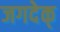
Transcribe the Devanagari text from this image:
जगदेक्